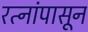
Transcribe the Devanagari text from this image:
रत्‍नांपासून